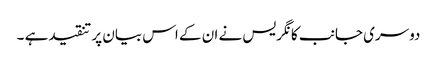
دوسری جانب کانگریس نے ان کے اس بیان پر تنقیدہے ۔